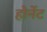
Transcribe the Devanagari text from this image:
होर्नेट